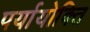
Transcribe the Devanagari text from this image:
पर्यायोक्ति